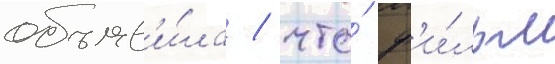
объяв'и́ла / что́ ф'и́льм